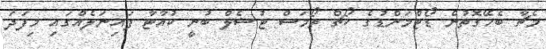
މެޗާ ބެހޭގޮތުން ޑޯޓްމަންޑުގެ ކޯޗް ތޯމަސް ޓުޝެލް ބުނީ ކުއާޓާ ފައިނަލެއްގައި މިފަދަ